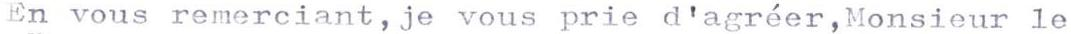
En vous remerciant,je vous prie d'agréer,Monsieur le